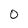
Character: 0